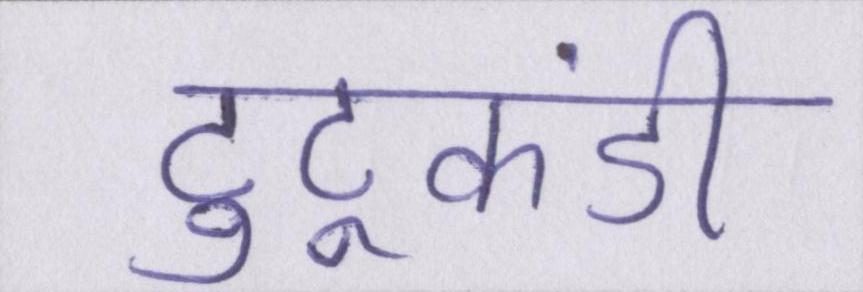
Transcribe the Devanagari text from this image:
टुटूकंडी